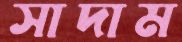
সাদাম